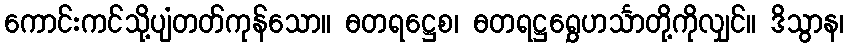
ကောင်းကင်သို့ပျံတတ်ကုန်သော။ ဓတရဋ္ဌေစ၊ ဓတရဋ္ဌရွှေဟင်္သာတို့ကိုလျှင်။ ဒိသွာန၊